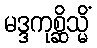
မဒ္ဒကုစ္ဆိသ္မိံ